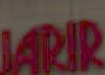
ARIR